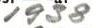
1938